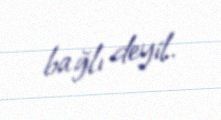
bağlı deyil.